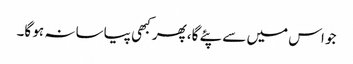
جو اس میں سے پئے گا، پھر کبھی پیاسا نہ ہو گا۔